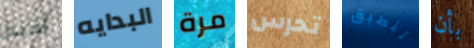
أقنع البدايه مرة تحرس تنطبق بأن